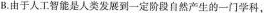
B.由于人工智能是人类发展到一定阶段自然产生的一门学科，